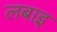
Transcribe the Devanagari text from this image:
लबाइ